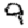
Digit: 9